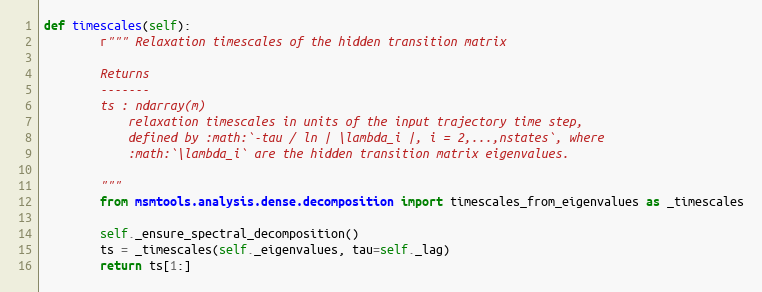
Language: Python
def timescales(self):
        r""" Relaxation timescales of the hidden transition matrix

        Returns
        -------
        ts : ndarray(m)
            relaxation timescales in units of the input trajectory time step,
            defined by :math:`-tau / ln | \lambda_i |, i = 2,...,nstates`, where
            :math:`\lambda_i` are the hidden transition matrix eigenvalues.

        """
        from msmtools.analysis.dense.decomposition import timescales_from_eigenvalues as _timescales

        self._ensure_spectral_decomposition()
        ts = _timescales(self._eigenvalues, tau=self._lag)
        return ts[1:]